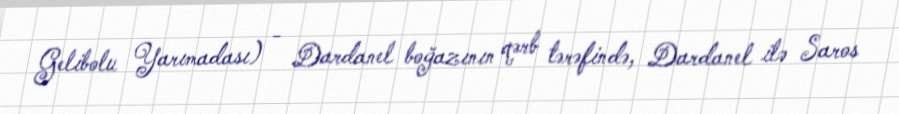
Gelibolu Yarımadası) - Dardanel boğazının qərb tərəfində, Dardanel ilə Saros